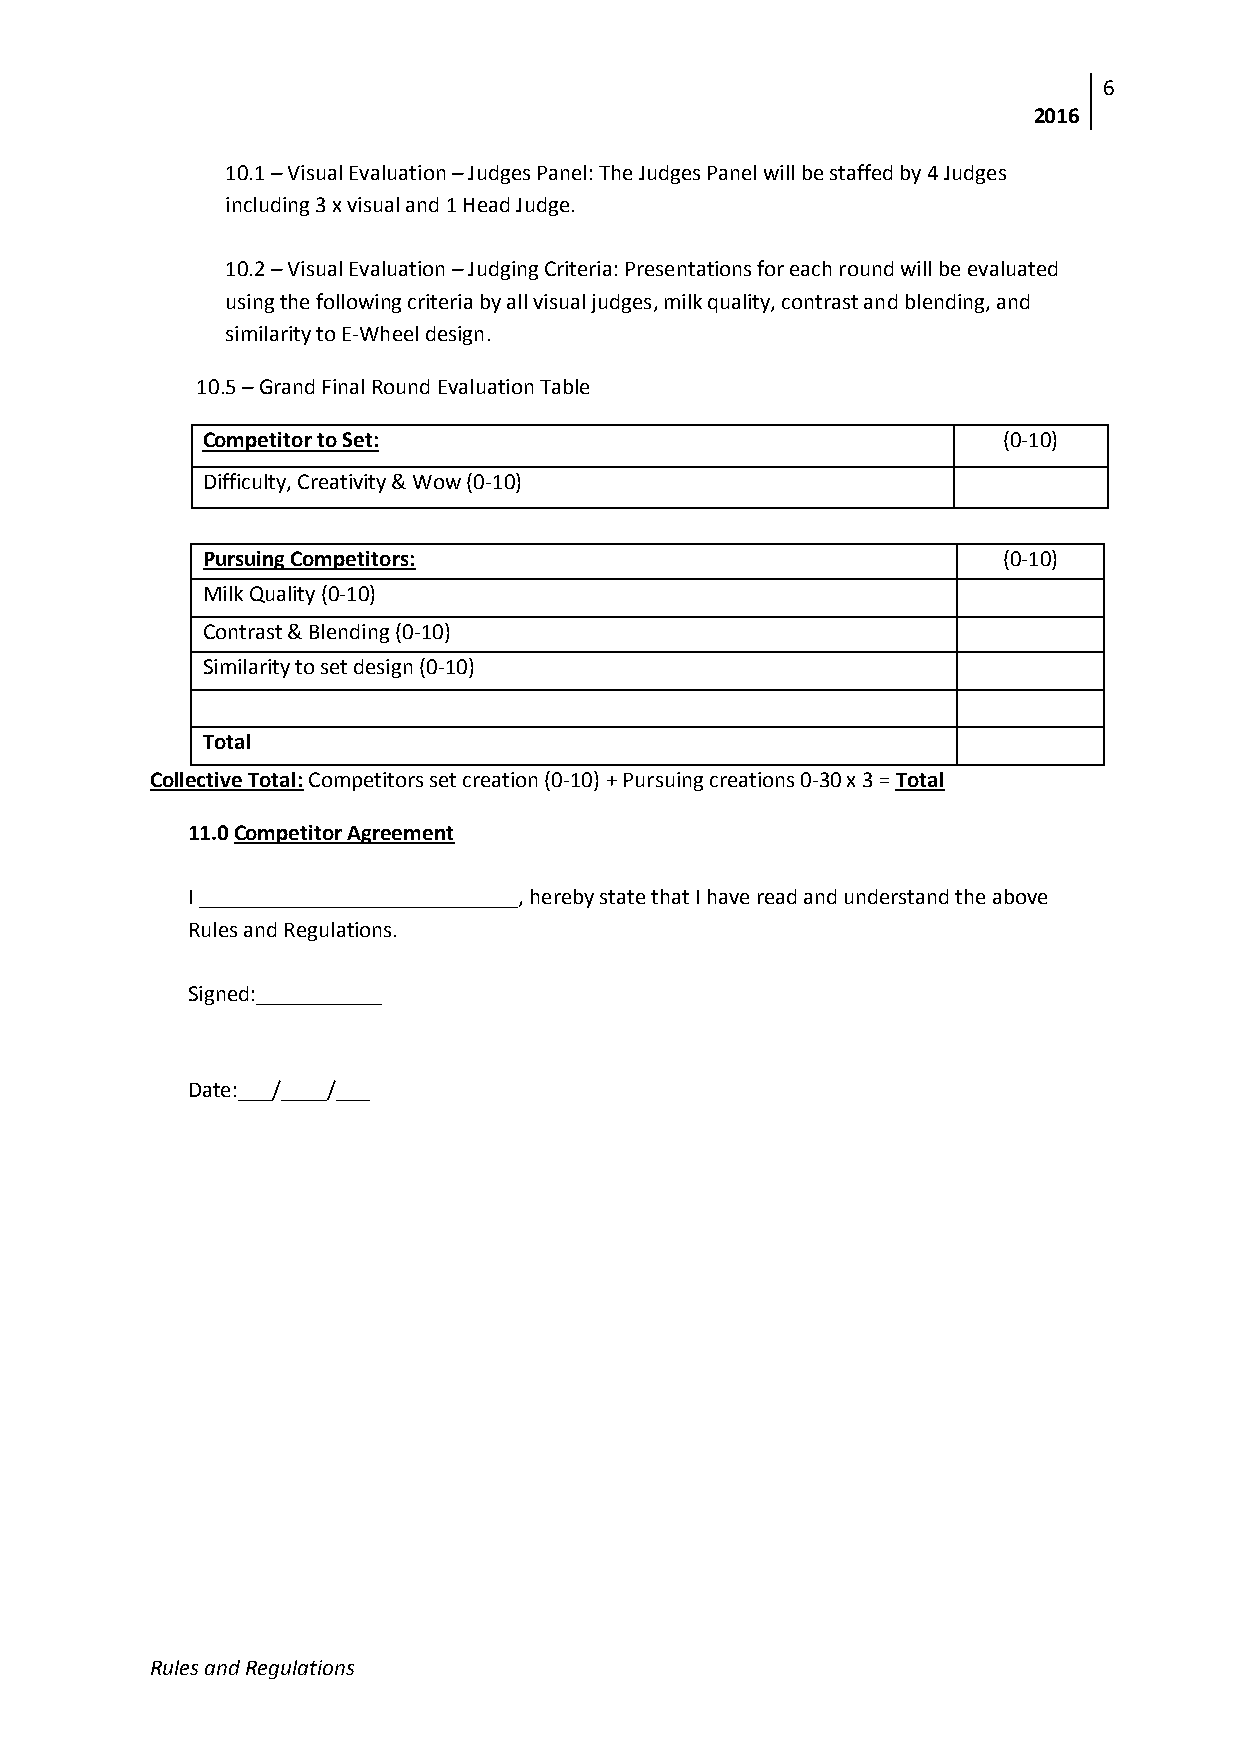
6
 2016
 10.1 – Visual Evaluation – Judges Panel: The Judges Panel will be staffed by 4 Judges
 including 3 x visual and 1 Head Judge.
 10.2 – Visual Evaluation – Judging Criteria: Presentations for each round will be evaluated
 using the following criteria by all visual judges, milk quality, contrast and blending, and
 similarity to E-Wheel design.
 10.5 – Grand Final Round Evaluation Table
 Competitor to Set:                                   (0-10)
 Difficulty, Creativity & Wow (0-10)
 Pursuing Competitors:                                (0-10)
 Milk Quality (0-10)
 Contrast & Blending (0-10)
 Similarity to set design (0-10)
 Total
 Collective Total: Competitors set creation (0-10) + Pursuing creations 0-30 x 3 = Total
 11.0 Competitor Agreement
 I ____________________________, hereby state that I have read and understand the above
 Rules and Regulations.
 Signed:___________
 Date:___/____/___
 Rules and Regulations